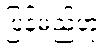
ပြန်မည်ဟု